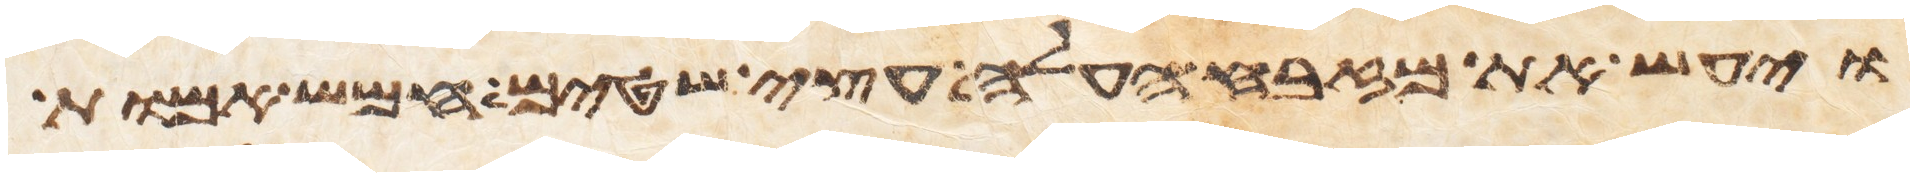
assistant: ויעש את מזבח העלה עצי שטים חמש אמות